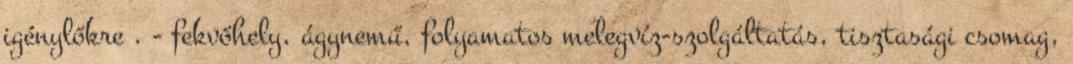
igénylőkre . - fekvőhely, ágynemű, folyamatos melegvíz-szolgáltatás, tisztasági csomag,